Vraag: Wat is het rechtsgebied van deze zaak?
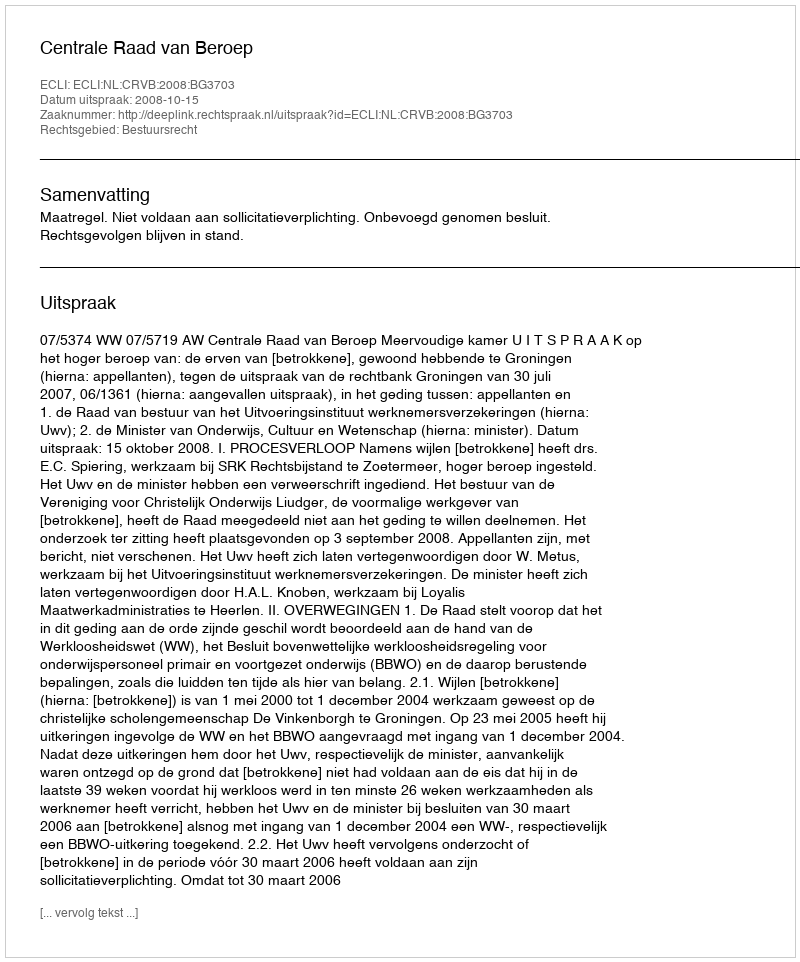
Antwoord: Bestuursrecht